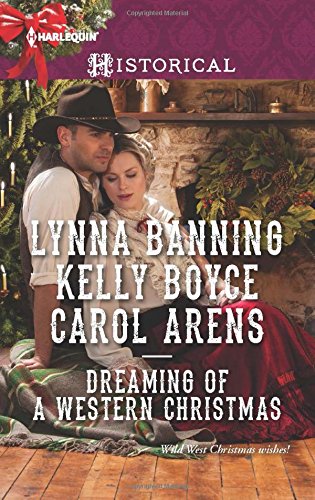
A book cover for Dreaming of a Western Christmas: His Christmas Belle\The Cowboy of Christmas Past\Snowbound with the Cowboy (Harlequin Historical); Lynna Banning; Romance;